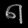
Digit: ၈